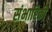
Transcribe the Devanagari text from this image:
संभारिकी